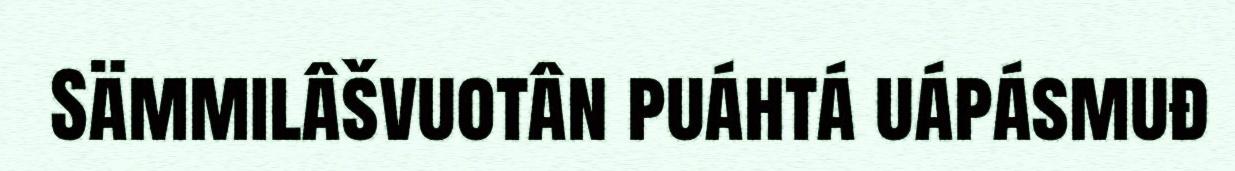
Sämmilâšvuotân puáhtá uápásmuđ